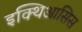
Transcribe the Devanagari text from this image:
इक्थिआसिस